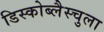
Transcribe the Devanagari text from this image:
डिस्कोब्लैस्चुला